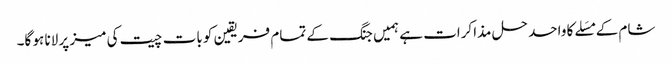
شام کے مسَلے کا واحد حل مذاکرات ہے ہمیں جنگ کے تمام فریقین کو بات چیت کی میز پر لانا ہو گا۔